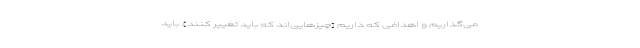
می‌گذاریم و اهدافی که داریم [چیزهایی‌اند که باید تغییر کنند]. باید